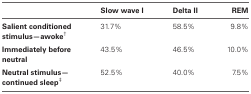
<table><thead><tr><td></td><td><b>Slow wave I</b></td><td><b>Delta II</b></td><td><b>REM</b></td></tr></thead><tbody><tr><td><b>Salient conditioned stimulus – awoke†</b></td><td>31.7%</td><td>58.5%</td><td>9.8%</td></tr><tr><td><b>Immediately before neutral</b></td><td>43.5%</td><td>46.5%</td><td>10.0%</td></tr><tr><td><b>Neutral stimulus – continued sleep‡</b></td><td>52.5%</td><td>40.0%</td><td>7.5%</td></tr></tbody></table>